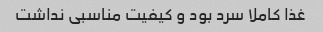
غذا کاملا سرد بود و کیفیت مناسبی نداشت